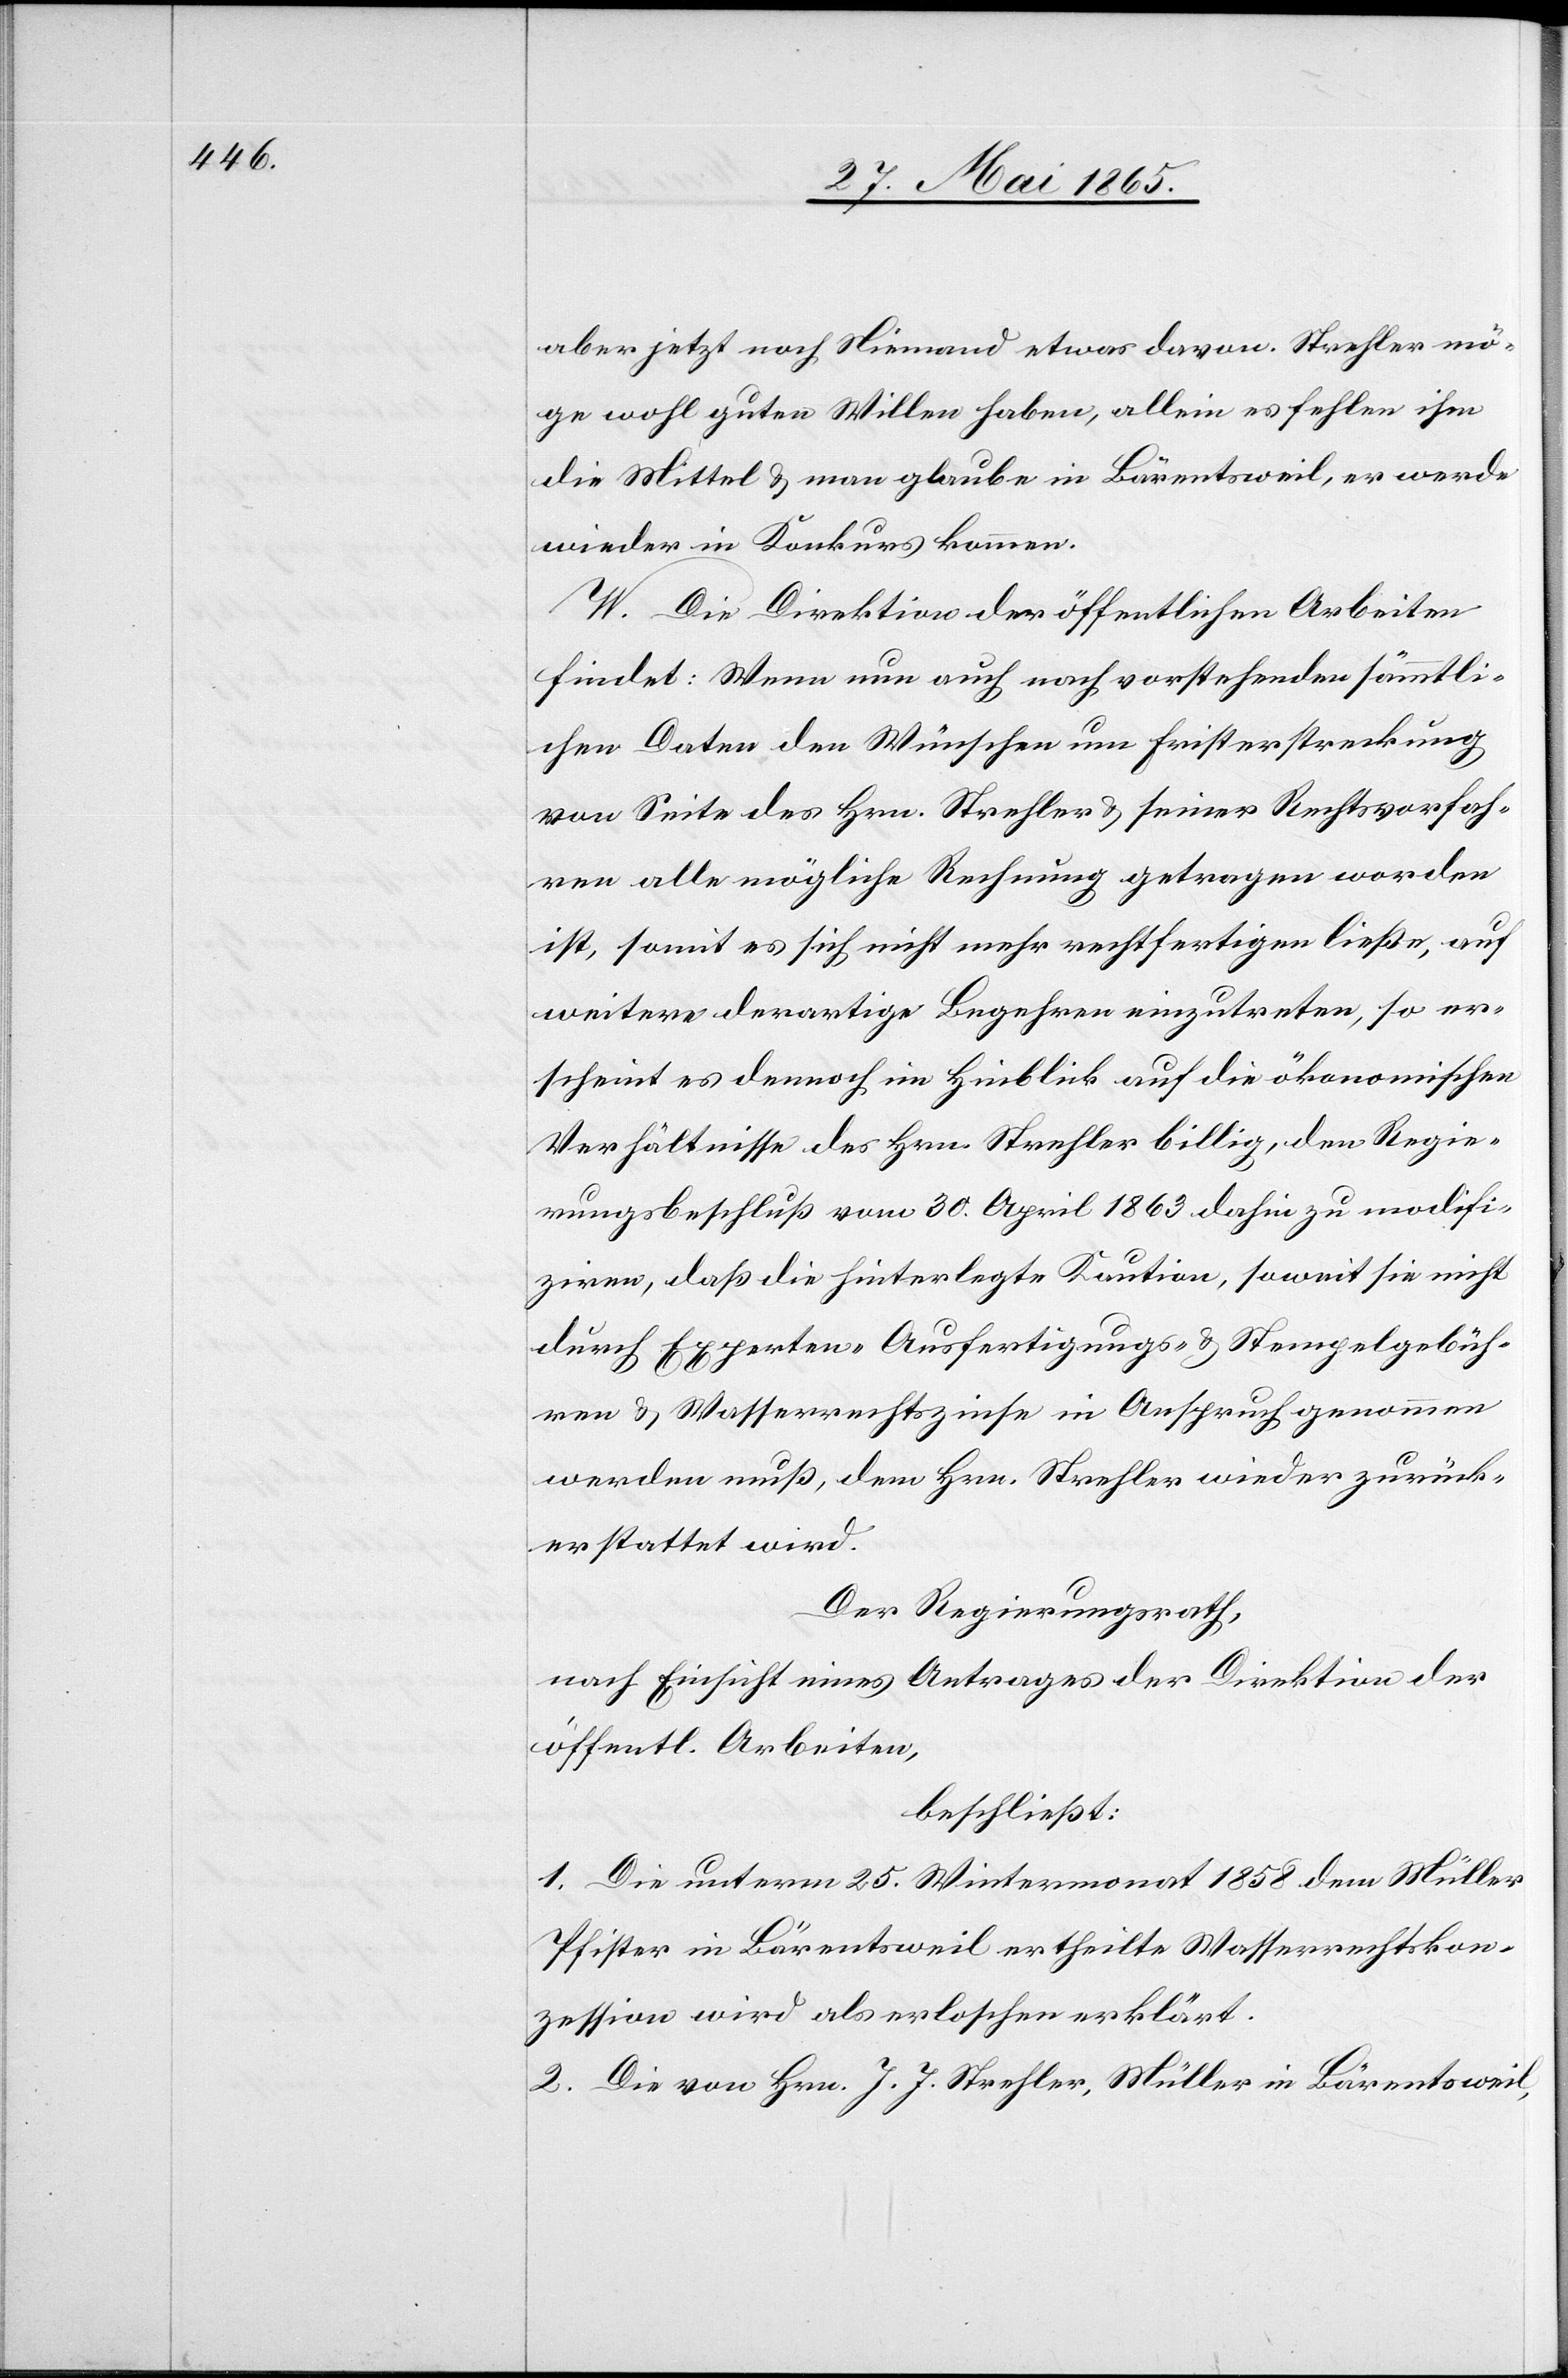
aber jetzt noch Niemand etwas davon. Strehler mö¬
ge wohl guten Willen haben, allein es fehlen ihm
die Mittel & man glaube in Bärentsweil, er werde
wieder in Konkurs kommen.
W. Die Direktion der öffentlichen Arbeiten
findet: Wenn nun auch nach vorstehenden sämmtli¬
chen Daten den Wünschen um Fristerstreckung
von Seite des Hrn. Strehler & seiner Rechtsvorfah¬
ren alle mögliche Rechnung getragen worden
ist, somit es sich nicht mehr rechtfertigen ließe, auf
weitere derartige Begehren einzutreten, so er¬
scheint es dennoch im Hinblick auf die ökonomischen
Verhältnisse des Hrn. Strehler billig, den Regie¬
rungsbeschluß vom 30. April 1863. dahin zu modifi¬
ziren, daß die hinterlegte Kaution, soweit sie nicht
durch Experten-[,] Ausfertigungs- & Stempelgebüh¬
ren & Wasserrechtszinse in Anspruch genommen
werden muß, dem Hrn. Strehler wieder zurück¬
erstattet wird.
Der Regierungsrath,
nach Einsicht eines Antrages der Direktion der
öffentl. Arbeiten,
beschließt:
1. Die unterm 25. Wintermonat 1858 dem Müller
Pfister in Bärentsweil ertheilte Wasserrechtskon¬
zession wird als erloschen erklärt.
2. Die von Hrn. J. J. Strehler, Müller in Bärentsweil,